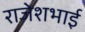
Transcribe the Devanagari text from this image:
राजेशभाई